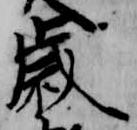
歳